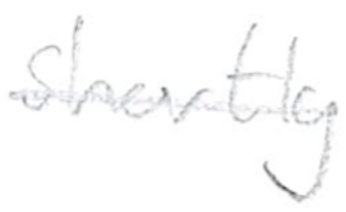
Text: shortly
Cross-out: single-line
Writing tool: pencil